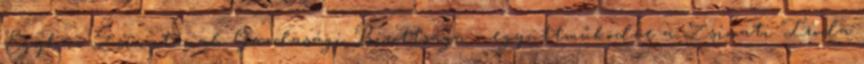
Egyház Zsinatának Gazdasági Bizottsága – együttműködve a Zsinati Iroda